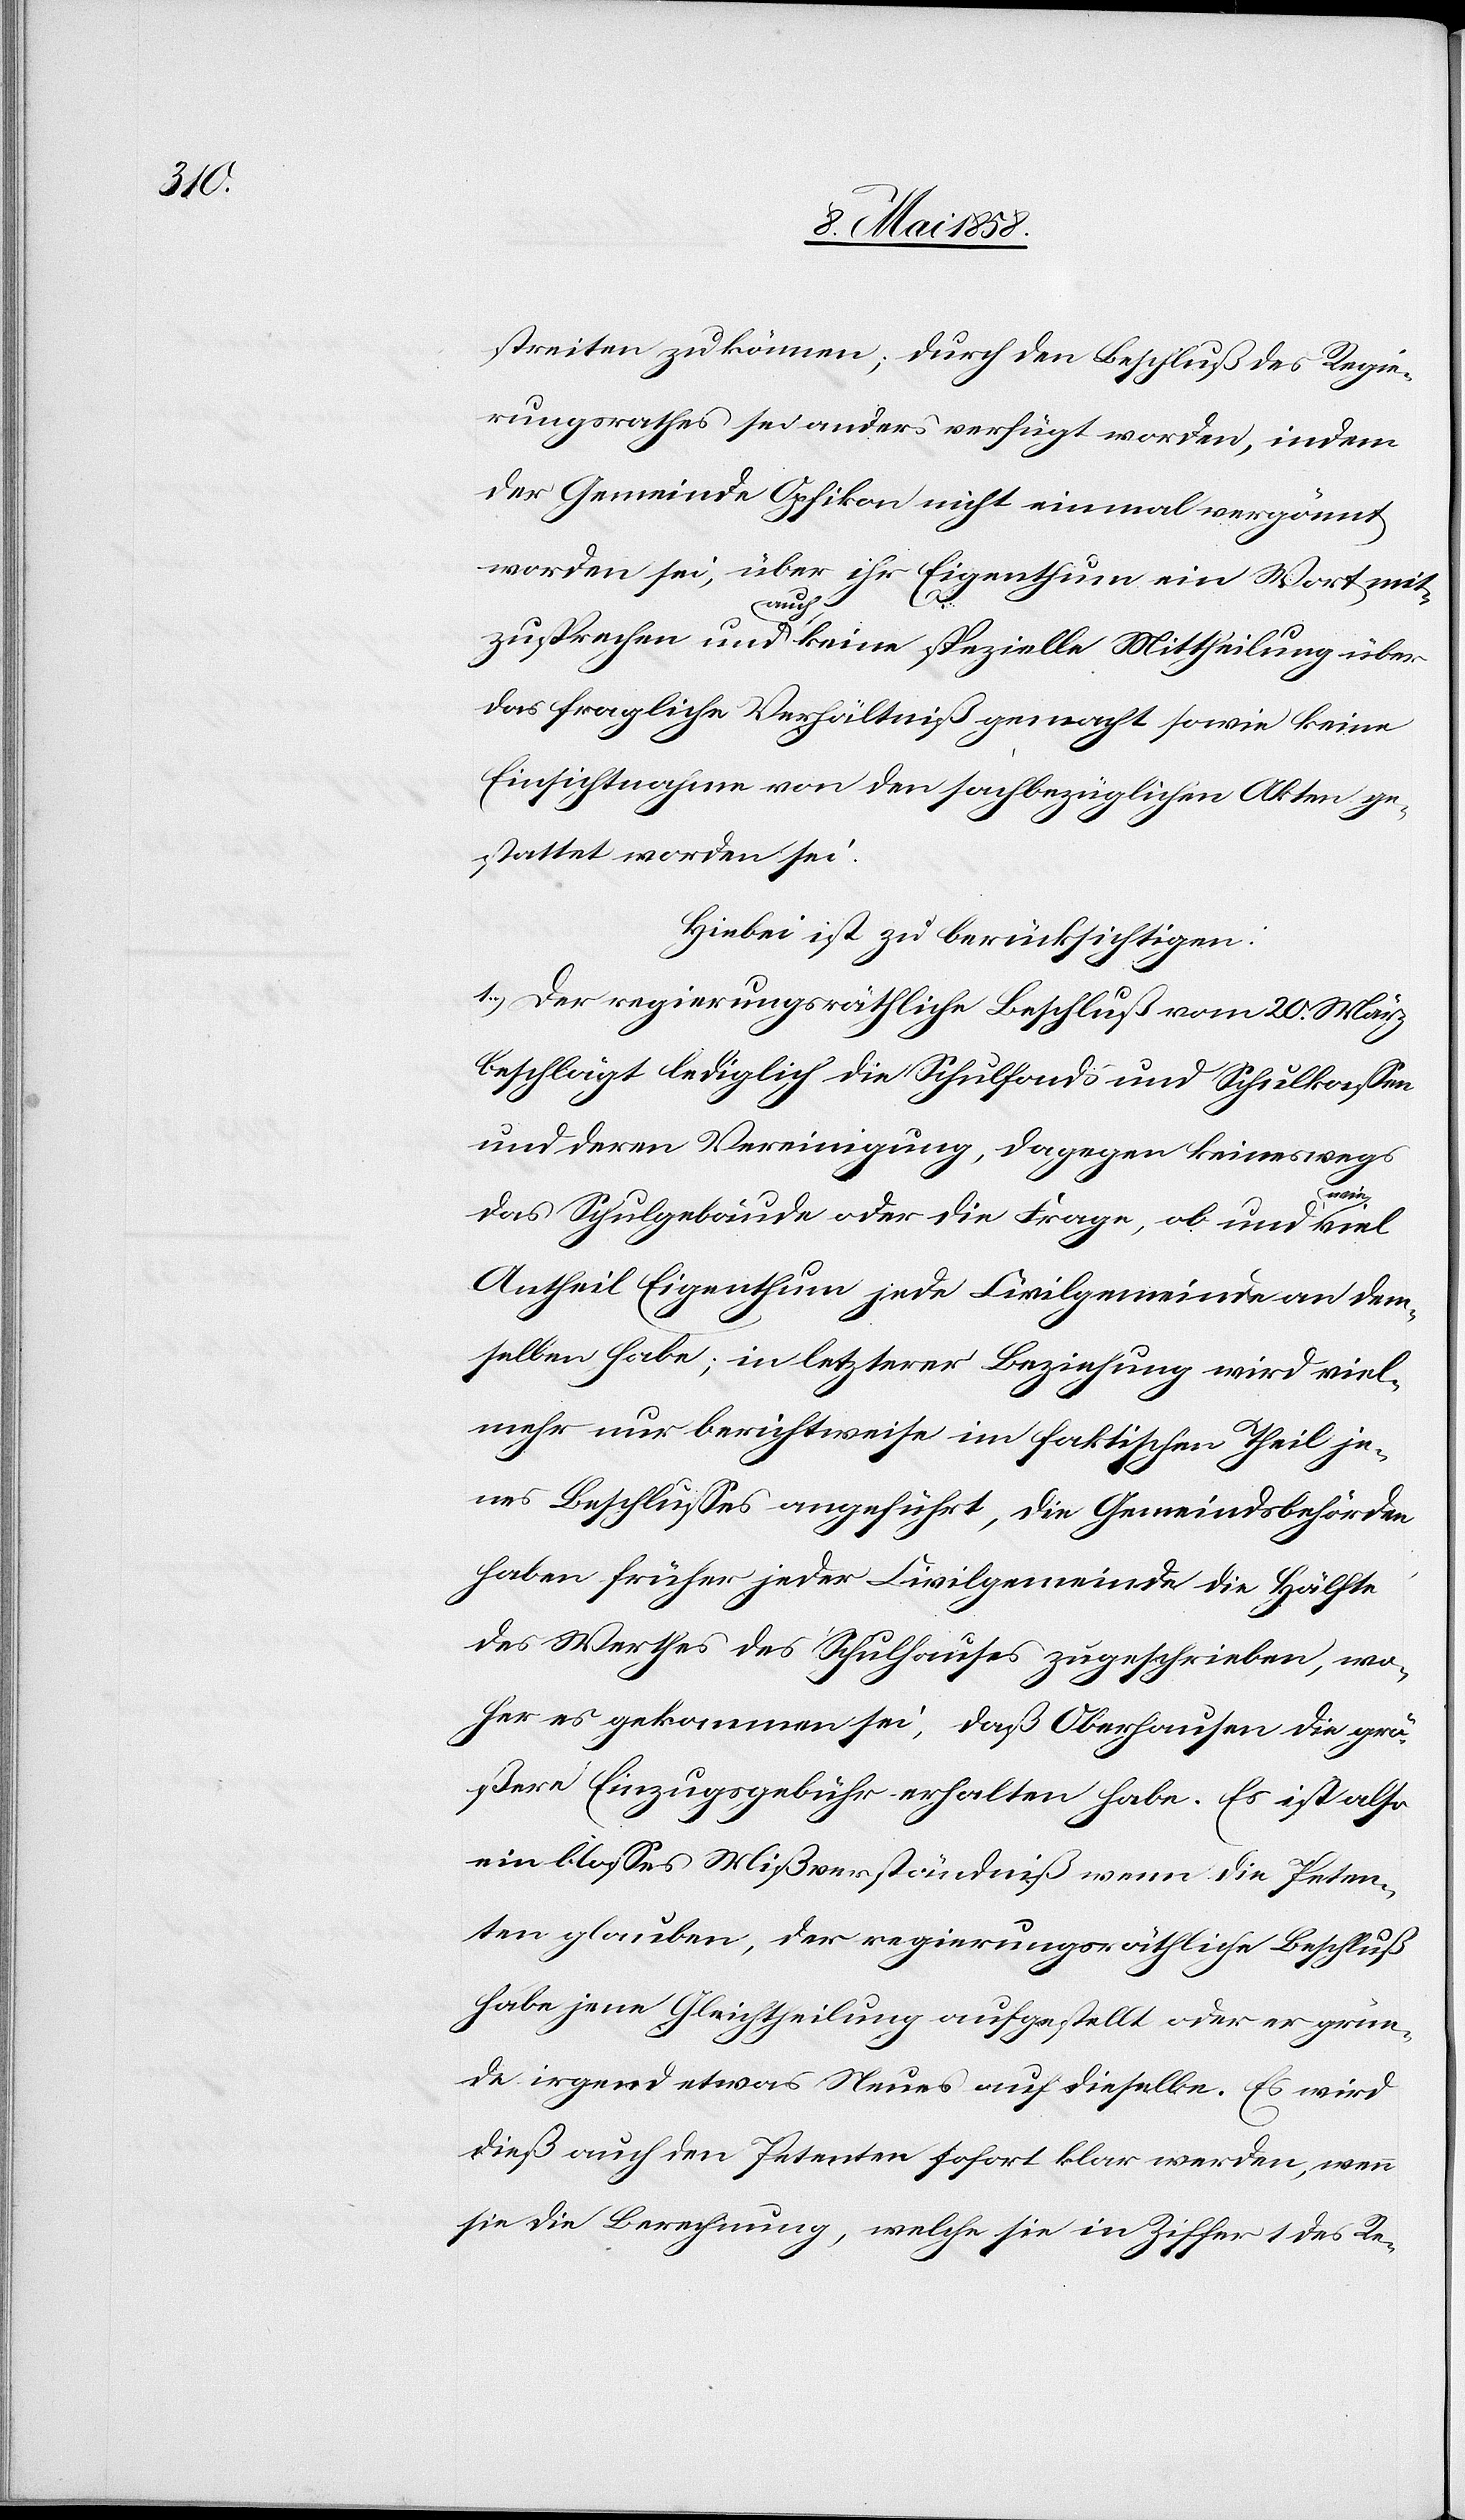
streiten zu können; durch den Beschluß des Regie¬
rungsrathes sei anders verfügt worden, indem
der Gemeinde Opfikon nicht einmal vergönnt
worden sei, über ihr Eigenthum ein Wort mit¬
zusprechen und auch keine spezielle Mittheilung über
das fragliche Verhältniß gemacht sowie keine
Einsichtnahme von den sachbezüglichen Akten ge¬
stattet worden sei.
Hiebei ist zu berücksichtigen:
1.) Der regierungsräthliche Beschluß vom 20. März
beschlägt lediglich die Schulfonds und Schulkassen
und deren Vereinigung, dagegen keineswegs
das Schulgebäude oder die Frage, ob und wie
Antheil Eigenthum jede Civilgemeinde an dem¬
selben habe; in letzterer Beziehung wird viel¬
mehr nur berichtweise im faktischen Theil je¬
nes Beschlusses angeführt, die Gemeindsbehörden
haben früher jeder Civilgemeinde die Hälfte
des Werthes des Schulhauses zugeschrieben, wo¬
her es gekommen sei, daß Oberhausen die grö¬
ßere Einzugsgebühr erhalten habe. Es ist also
ein blosses Mißverständniß wenn die Peten¬
ten glauben, der regierungsräthliche Beschluß
habe jene Gleichtheilung aufgestellt oder er grün¬
de irgend etwas Neues auf dieselbe. Es wird
dieß auch den Petenten sofort klar werden, wenn
sie die Berechnung, welche sie in Ziffer 1 des Re-